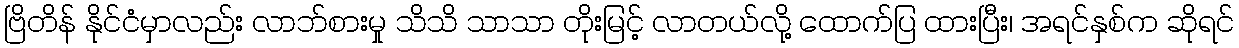
ဗြိတိန် နိုင်ငံမှာလည်း လာဘ်စားမှု သိသိ သာသာ တိုးမြင့် လာတယ်လို့ ထောက်ပြ ထားပြီး၊ အရင်နှစ်က ဆိုရင်